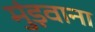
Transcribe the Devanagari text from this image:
मुंड़वाना